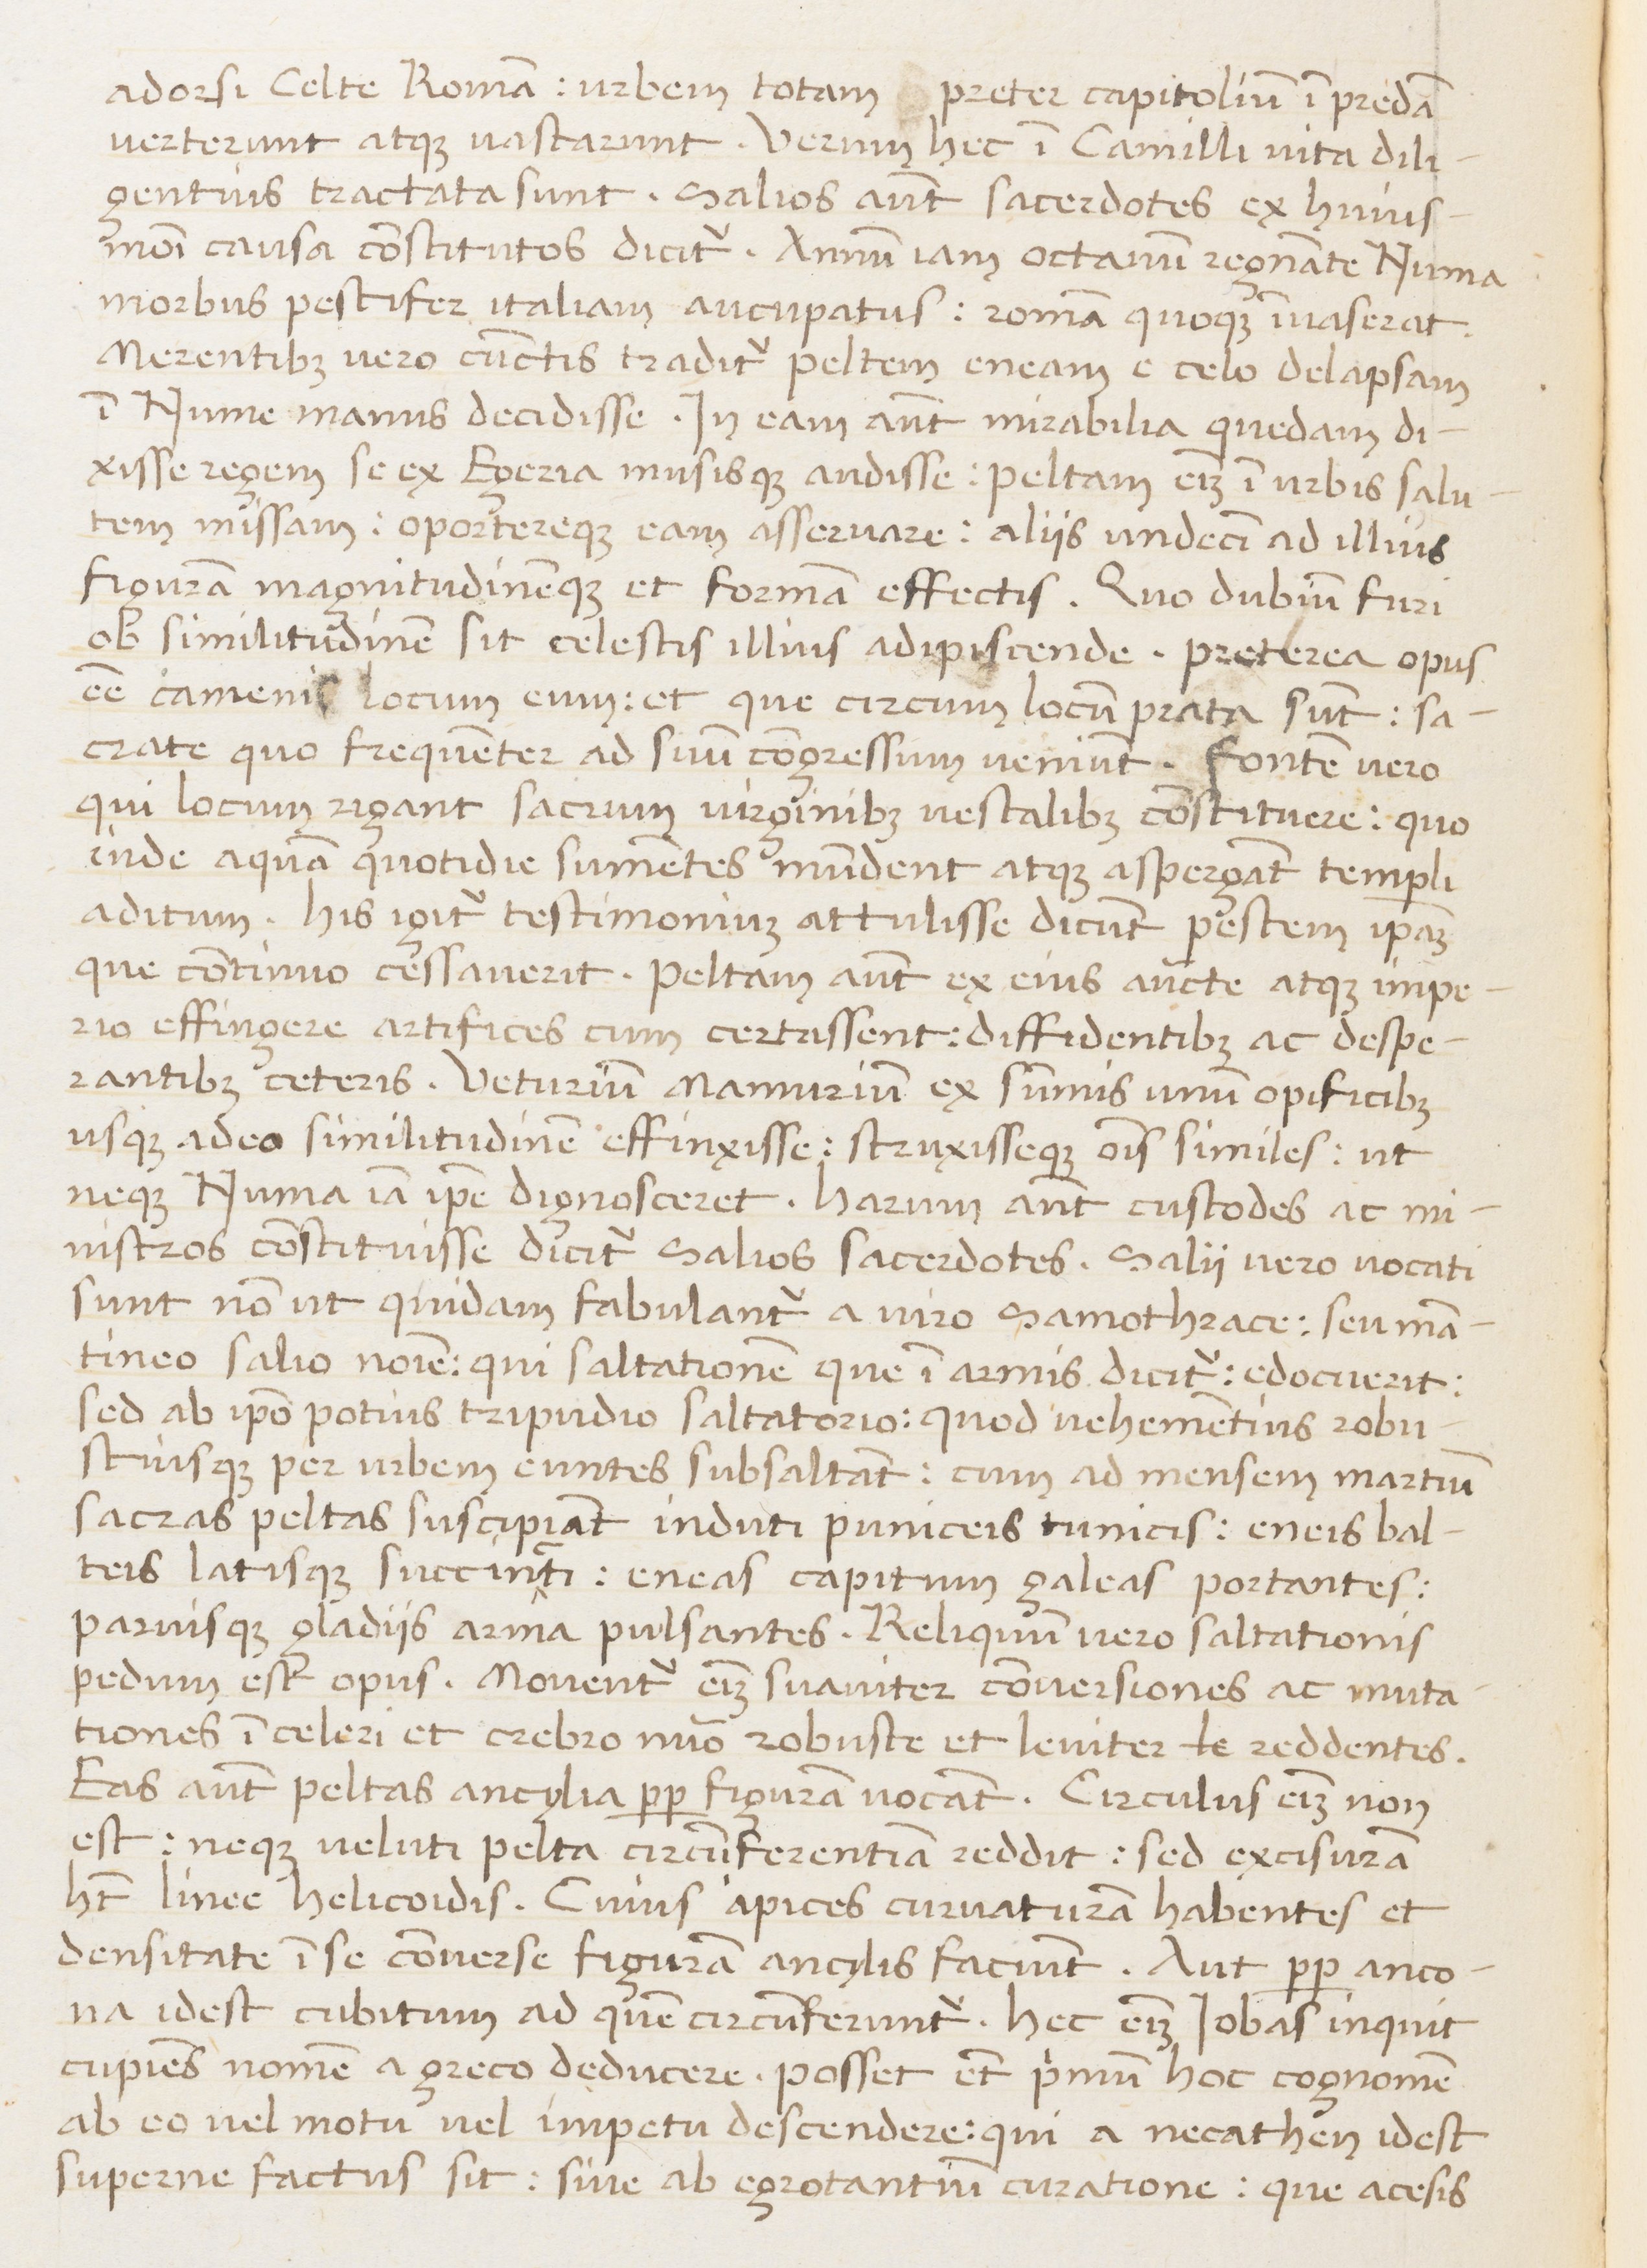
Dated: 1450–1474